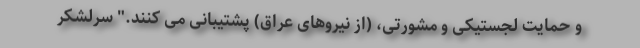
و حمایت لجستیکی و مشورتی، (از نیروهای عراق) پشتیبانی می کنند." سرلشکر